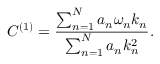
C ^ { ( 1 ) } = \frac { \sum _ { n = 1 } ^ { N } a _ { n } \omega _ { n } k _ { n } } { \sum _ { n = 1 } ^ { N } a _ { n } k _ { n } ^ { 2 } } .